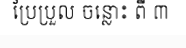
ប្រែប្រួល ចន្លោះ ពី ៣